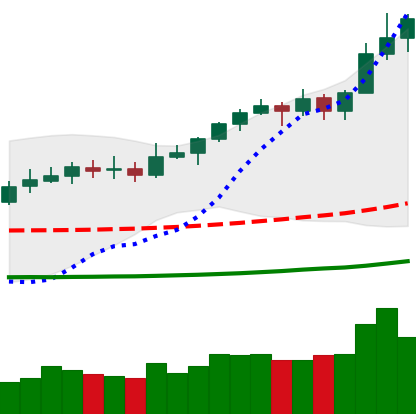
Ticker: XLM-USD
Chart end date: 2020-02-14
Forward return: -17.572%
Label: down_7plus